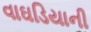
વાઘડિયાની